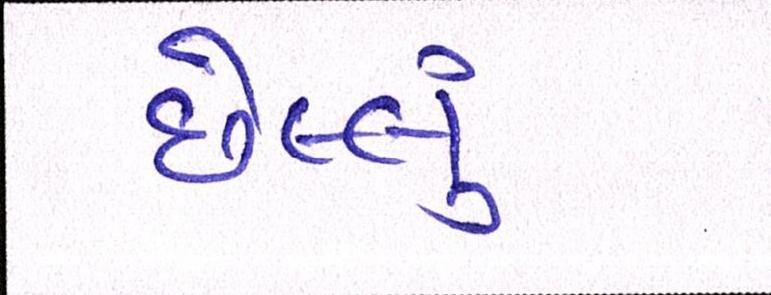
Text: છેલ્લું